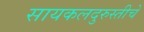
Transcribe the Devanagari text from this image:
सायकलदुरुस्तीचे